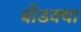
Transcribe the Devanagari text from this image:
बोडक्या